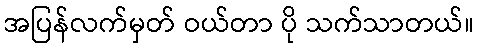
အပြန်လက်မှတ် ဝယ်တာ ပို သက်သာတယ်။